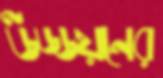
উড্ডয়নের